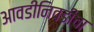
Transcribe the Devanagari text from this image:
आवडीनिवडीचा